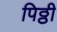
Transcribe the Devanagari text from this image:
पिठ्ठी